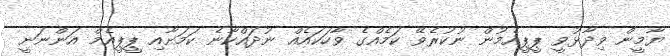
ޔާމީން ވިދާޅުވީ ޕީޕީއެމުން ނުކުރެވޭ ކަމެއްގެ ވާހަކައެއް ނުދައްކާނެ ކަމަށާއި ޕީޕީއެމް އަންނަނީ